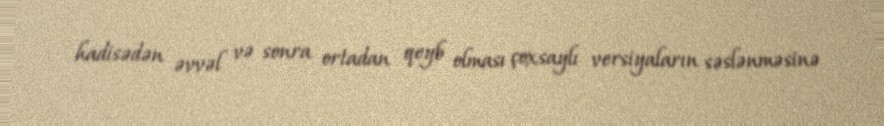
hadisədən əvvəl və sonra ortadan qeyb olması çoxsaylı versiyaların səslənməsinə